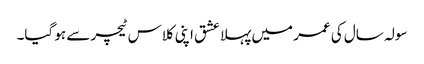
سولہ سال کی عمر میں پہلا عشق اپنی کلاس ٹیچر سے ہو گیا۔